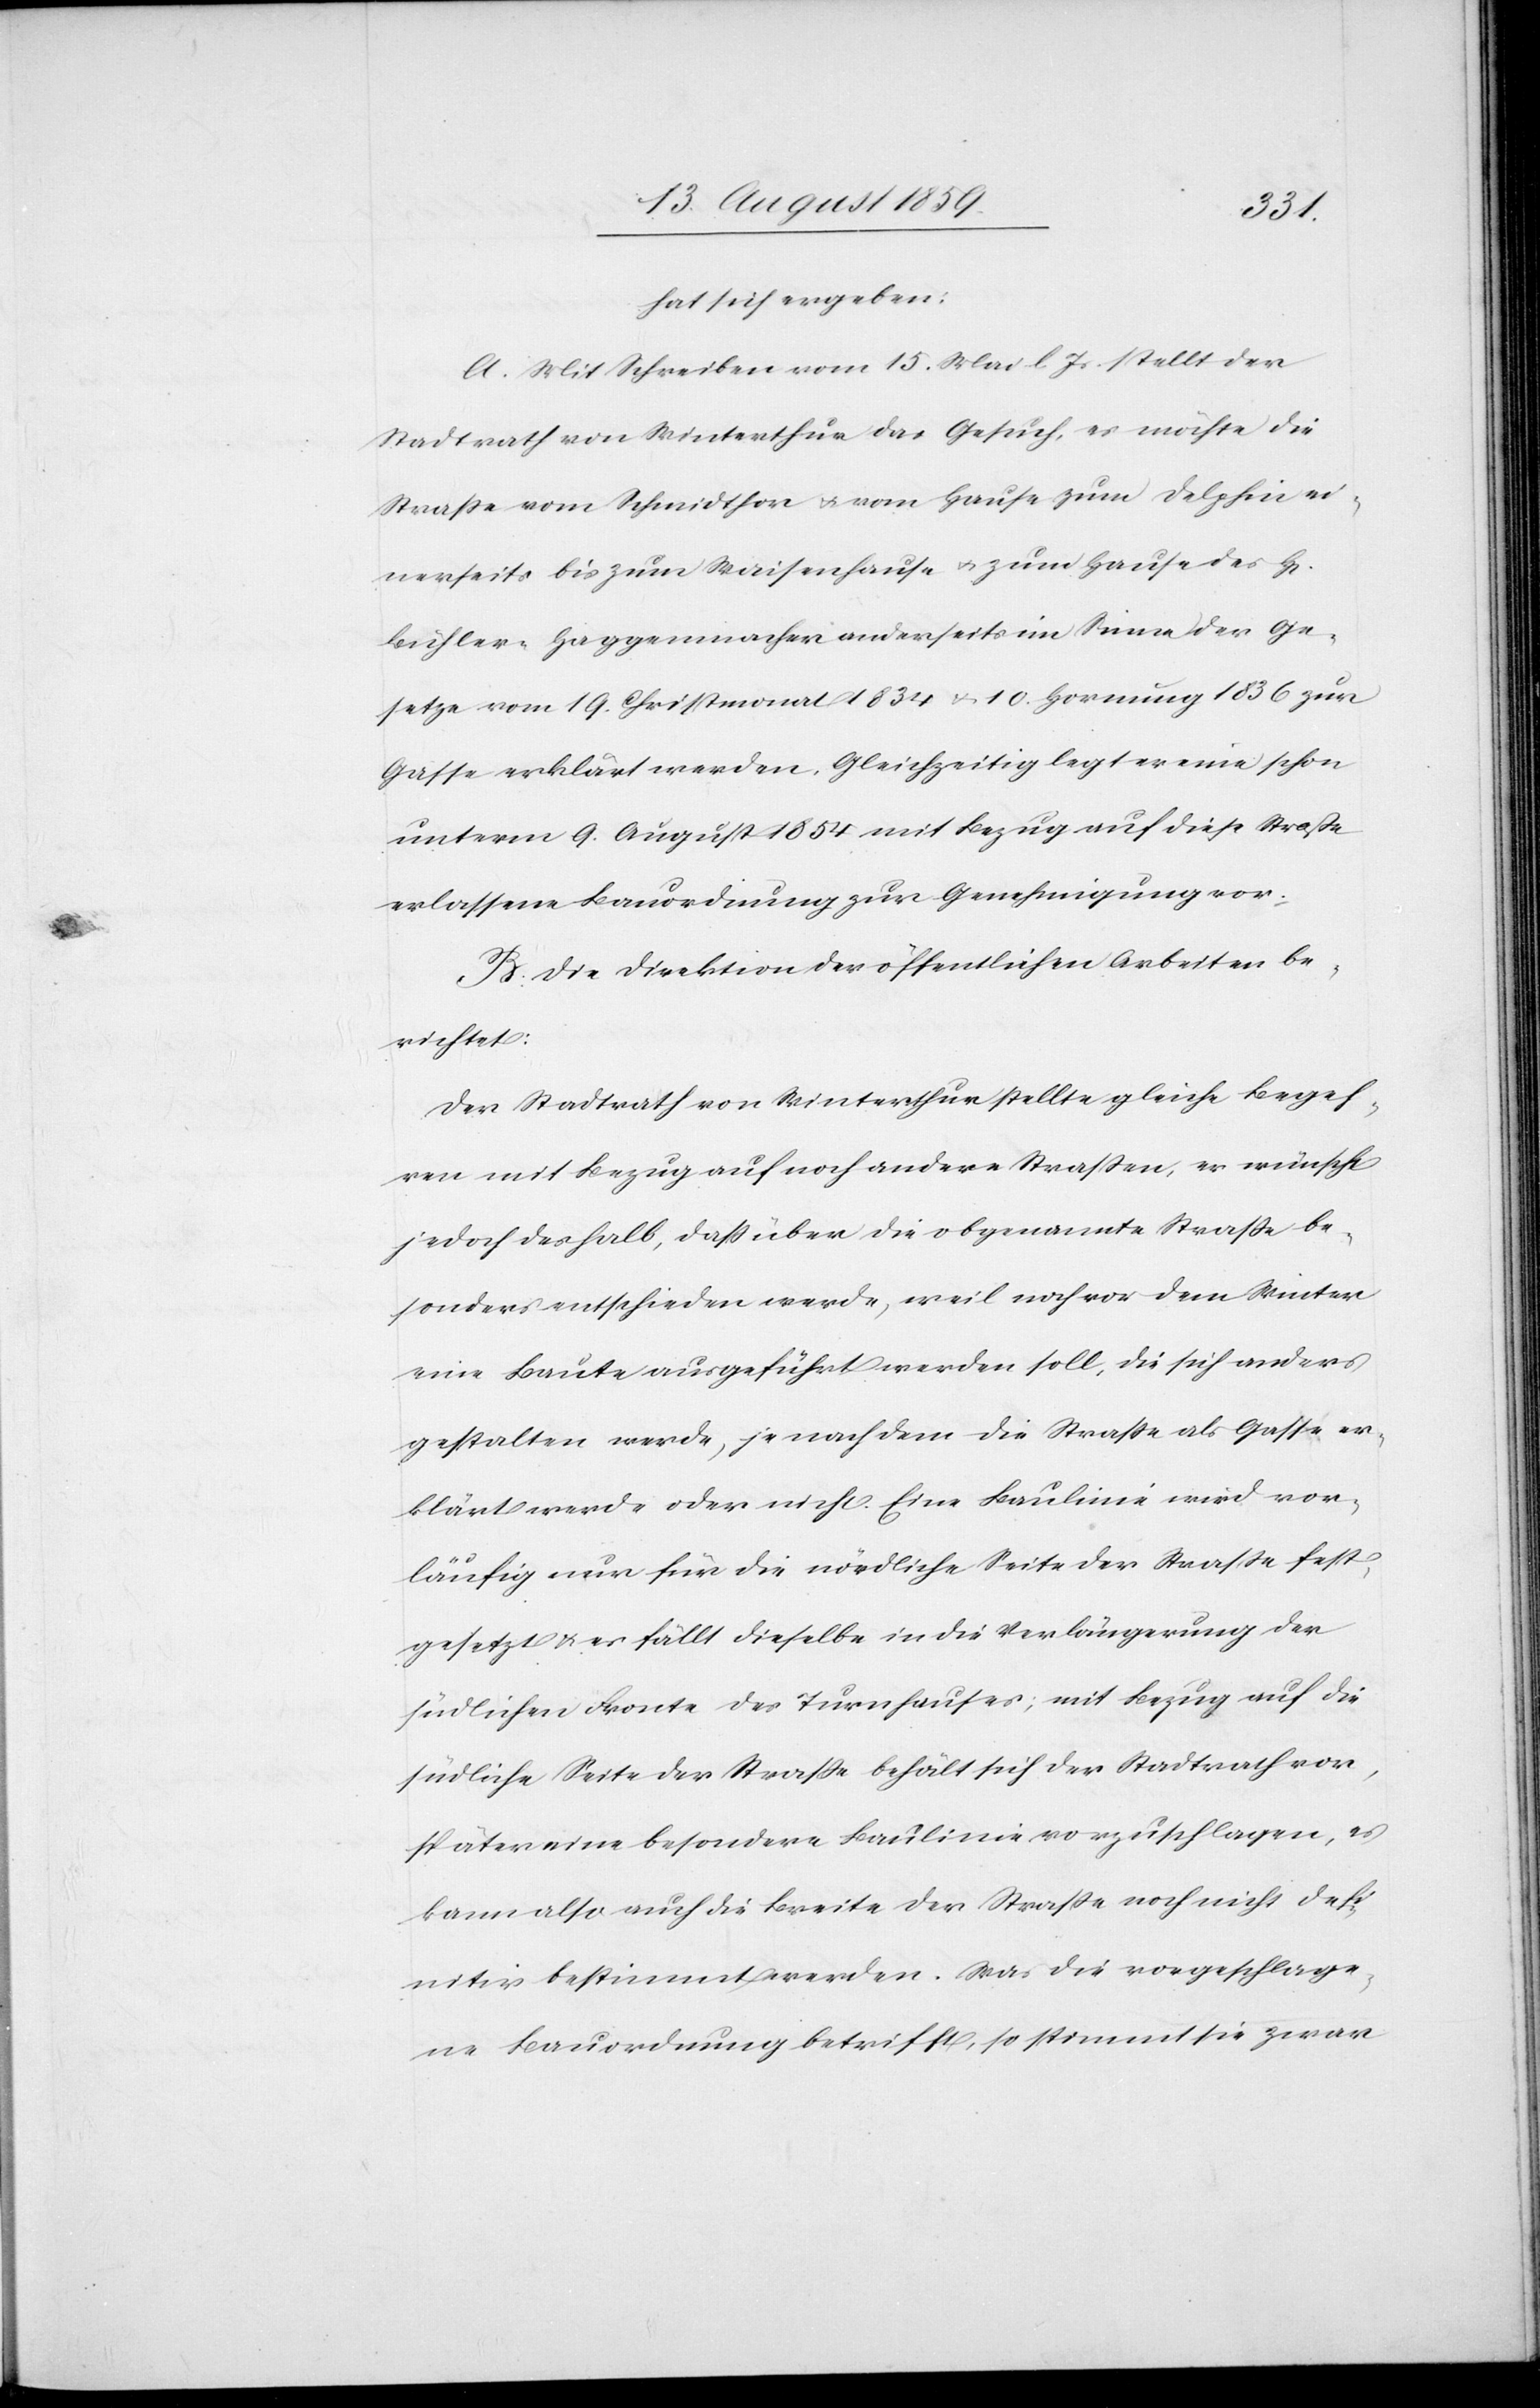
rrn]
hat sich ergeben:
A. Mit Schreiben vom 15. Mai l. Js. stellt der
Stadtrath von Winterthur das Gesuch, es möchte die
Straße vom Schmidthor & vom Hause zum Delphin ei¬
nerseits bis zum Waisenhause & zum Hause des H[e¬
Bühler-Haggenmacher anderseits im Sinne der Ge¬
setze vom 19. Christmonat 1834 & 10. Hornung 1836 zur
Gasse erklärt werden. Gleichzeitig legt er eine schon
unterm 9. August 1854 mit Bezug auf diese Straße
erlassene Bauordnung zur Genehmigung vor.
B. Die Direktion der öffentlichen Arbeiten be¬
richtet:
Der Stadtrath von Winterthur stellte gleiche Begeh¬
ren mit Bezug auf noch andere Straßen, er wünscht
jedoch deshalb, daß über die obgenannte Straße be¬
sonders entschieden werde, weil noch vor dem Winter
eine Baute ausgeführt werden soll, die sich anders
gestalten werde, je nachdem die Straße als Gasse er¬
klärt werde oder nicht. Eine Baulinie wird vor¬
läufig nur für die nördliche Seite der Straße fest¬
gesetzt & es fällt dieselbe in die Verlängerung der
südlichen Fronte des Turnhauses; mit Bezug auf die
südliche Seite der Straße behält sich der Stadtrath vor,
später eine besondere Baulinie vorzuschlagen, es
kann also auch die Breite der Straße noch nicht defi¬
nitiv bestimmt werden. Was die vorgeschlage¬
ne Bauordnung betrifft, so stimmt sie zwar